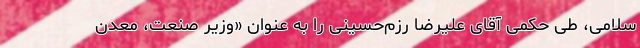
سلامی، طی حکمی آقای علیرضا رزم‌حسینی را به عنوان «وزیر صنعت، معدن